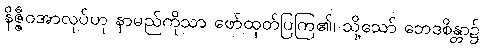
နိဇ္ဇီဝအာလုပ်ဟု နာမည်ကိုသာ ဖော်ထုတ်ပြကြ၏၊ သို့သော် ဘေဒစိန္တာ၌